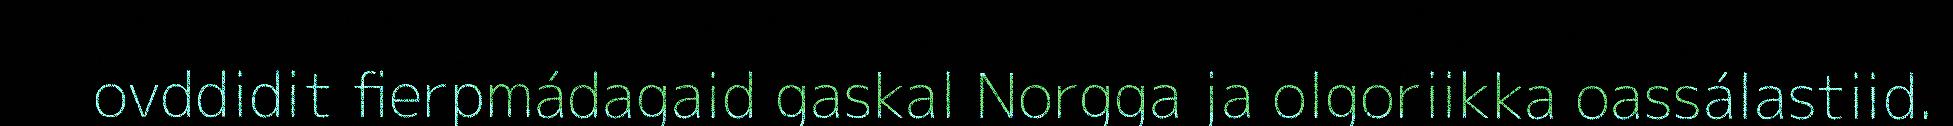
ovddidit fierpmádagaid gaskal Norgga ja olgoriikka oassálastiid.